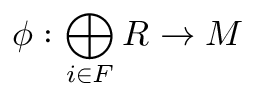
\phi : \bigoplus _ { i \in F } R \to M